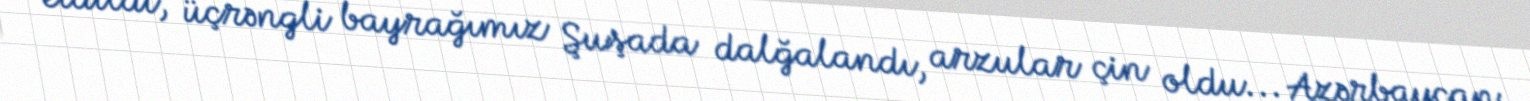
etdildi, üçrəngli bayrağımız Şuşada dalğalandı, arzular çin oldu... Azərbaycan